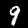
Digit: 9